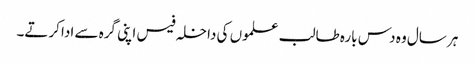
ہر سال وہ دس بارہ طالب علموں کی داخلہ فیس اپنی گرہ سے ادا کرتے۔